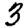
Digit: 3